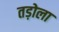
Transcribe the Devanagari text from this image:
तड़ोला